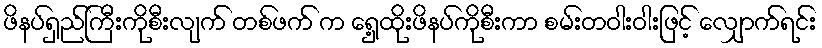
ဖိနပ်ရှည်ကြီးကိုစီးလျက် တစ်ဖက် က ရှေ့ထိုးဖိနပ်ကိုစီးကာ စမ်းတဝါးဝါးဖြင့် လျှောက်ရင်း